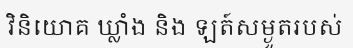
វិនិយោគ ឃ្លាំង និង ឡត៍សម្ងួតរបស់